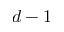
d - 1